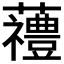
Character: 𱿆